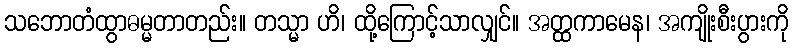
သဘောတံထွာဓမ္မတာတည်း။ တသ္မာ ဟိ၊ ထို့ကြောင့်သာလျှင်။ အတ္ထကာမေန၊ အကျိုးစီးပွားကို